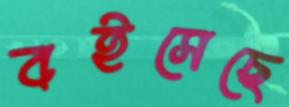
বইসেছে